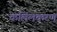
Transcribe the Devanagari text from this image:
कलिलकरण